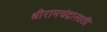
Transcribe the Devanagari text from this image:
श्रीरामचंद्रासाठी